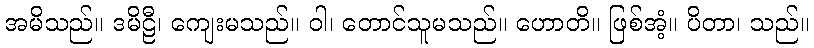
အမိသည်။ ဒမိဠီ၊ ကျေးမသည်။ ဝါ၊ တောင်သူမသည်။ ဟောတိ။ ဖြစ်အံ့။ ပိတာ၊ သည်။